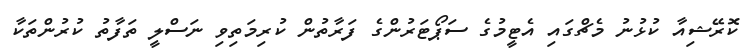
ކޮރޭޝިއާ ކުޅުނު މެޗްގައި އެޓީމުގެ ސަޕޯޓަރުންގެ ފަރާތުން ކުރިމަތިވި ނަސްލީ ތަފާތު ކުރުންތަކާ